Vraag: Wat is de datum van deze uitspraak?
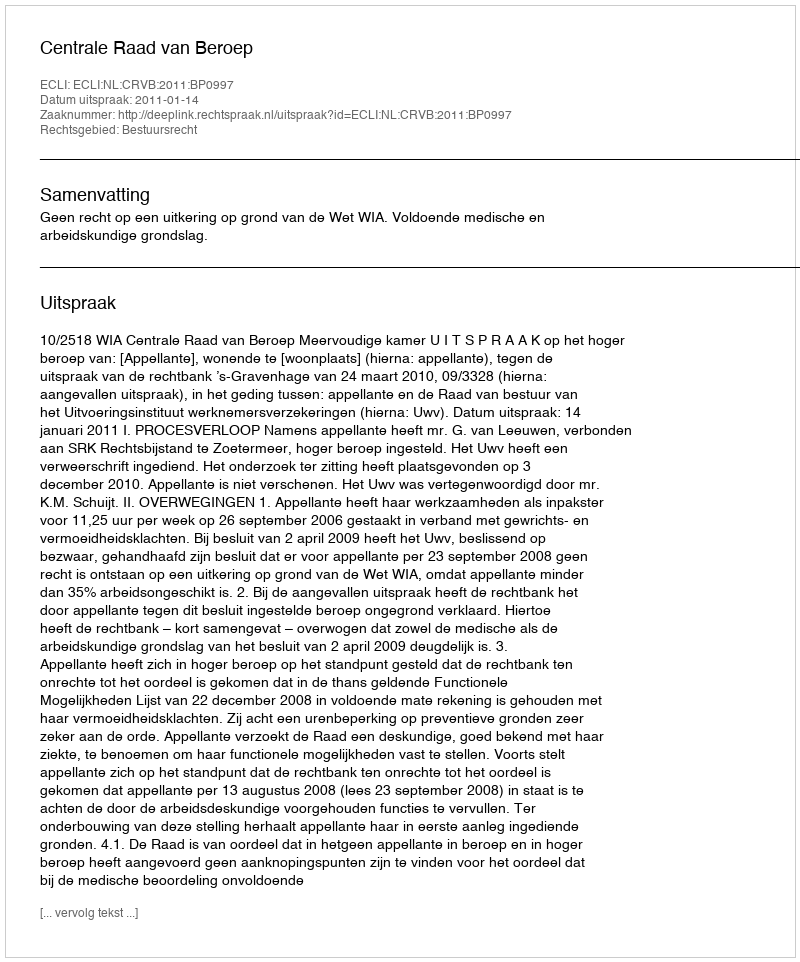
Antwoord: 2011-01-14